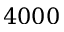
4 0 0 0